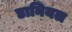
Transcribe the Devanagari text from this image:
डानियल